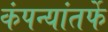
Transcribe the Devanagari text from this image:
कंपन्यांतर्फे